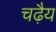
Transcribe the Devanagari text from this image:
चढ़ैय